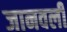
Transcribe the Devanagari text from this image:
जानवली